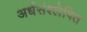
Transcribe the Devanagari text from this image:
अर्धसंश्लेषित